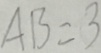
A B = 3